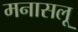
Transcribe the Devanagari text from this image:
मनासलू